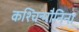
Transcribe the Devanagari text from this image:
कश्चिन्मौनिना